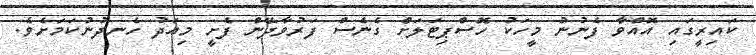
ކައިރީގައި އޮއްވާ ފެނުނު މީހަކު ހޮސްޕިޓަލަށް ގެނެސް ފަރުވާދޭން ފެށީ މިއަދު ހެނދުނުކަމަށެވެ.